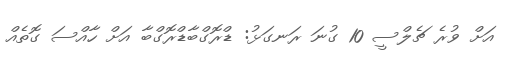
އަށް ވުރެ ޗެލްސީ 10 ގުނަ ރަނގަޅު: ޑްރޮގްބާޑްރޮގްބާ އަށް ހާއްސަ ގޮތެއް